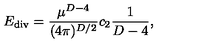
E _ { \mathrm { \tiny { d i v } } } = { \frac { \mu ^ { D - 4 } } { ( 4 \pi ) ^ { D / 2 } } } c _ { 2 } { \frac { 1 } { D - 4 } } ,